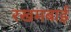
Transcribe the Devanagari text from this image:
रखमबाई